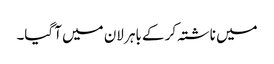
میں ناشتہ کر کے باہر لان میں آ گیا۔